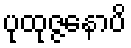
ပုထုဇ္ဇနောပိ